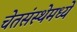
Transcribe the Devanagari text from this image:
चेतसंस्थेमध्ये